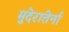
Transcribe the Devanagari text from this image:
मुदेरातेर्ना